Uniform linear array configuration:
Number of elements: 4
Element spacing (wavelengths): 0.75
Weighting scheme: exponential
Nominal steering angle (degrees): -15
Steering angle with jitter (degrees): -15.863
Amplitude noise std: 0.05
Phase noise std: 0.05

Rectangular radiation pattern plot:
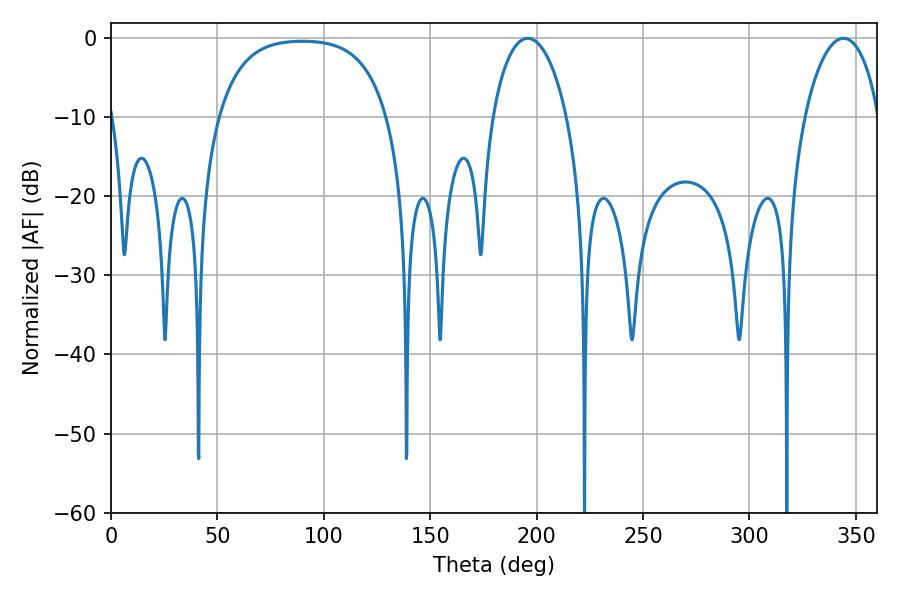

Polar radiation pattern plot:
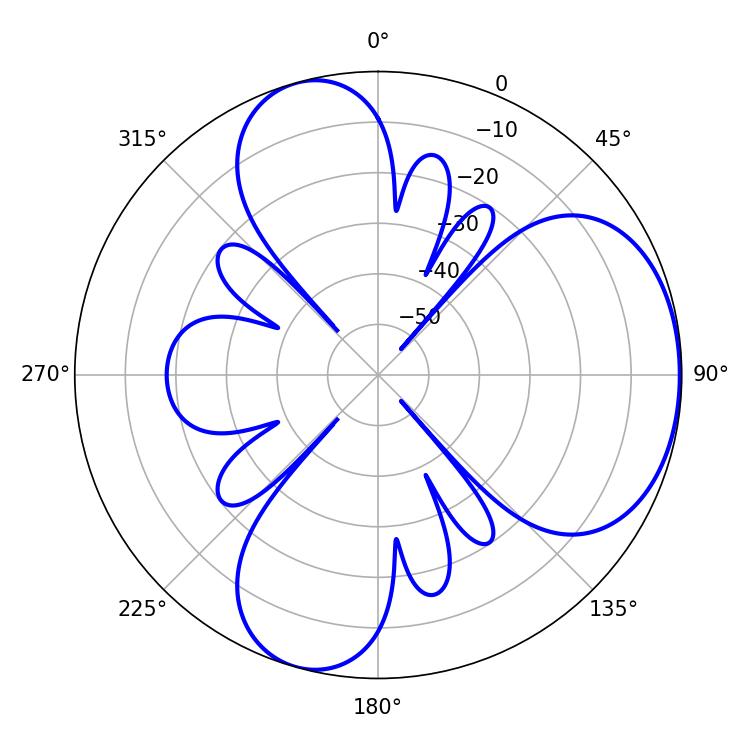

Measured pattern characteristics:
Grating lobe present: TRUE
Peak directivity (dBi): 5.064
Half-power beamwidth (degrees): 19.98
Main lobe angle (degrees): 195.84